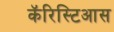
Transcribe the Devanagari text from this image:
कॅरिस्टिआस